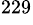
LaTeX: ^{229}